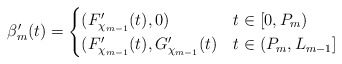
\begin{align*}\beta_m'(t) =\begin{cases}(F_{\chi_{m-1}}'(t), 0) & t \in [0,P_m) \\(F_{\chi_{m-1}}'(t), G_{\chi_{m-1}}'(t) & t \in (P_m,L_{m-1}] \\\end{cases}\end{align*}